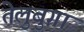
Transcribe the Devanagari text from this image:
तेलुबुग़ा